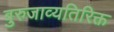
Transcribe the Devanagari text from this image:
बुरुजाव्यतिरिक्त